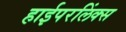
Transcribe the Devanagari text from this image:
हाईपरलिंक्स